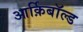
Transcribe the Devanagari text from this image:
आर्क़िबाॅल्ड